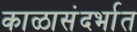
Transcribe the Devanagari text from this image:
काळासंदर्भात